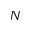
N